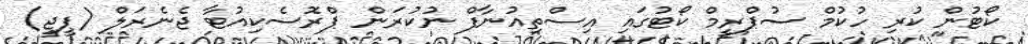
ކޯޓުން ކުރި ހުކުމް ސުޕްރީމް ކޯޓުގައި އިސްތިއުނާފް ނުކުރަން ޕްރޮސެކިއުޓާ ޖެނެރަލް (ޕީޖީ)